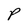
Character: P